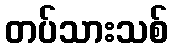
တပ်သားသစ်